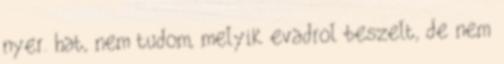
nyer. hat, nem tudom, melyik evadrol beszelt, de nem